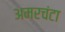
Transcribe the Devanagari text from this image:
अमरचंटा